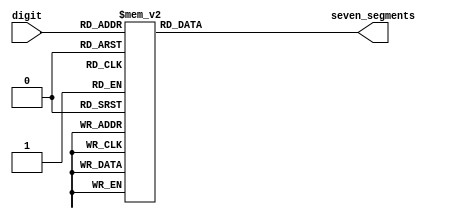

module sm_hex_display
(
    input      [3:0] digit,
    output reg [6:0] seven_segments
);

    always @*
        case (digit)
        'h0: seven_segments = 'b0111111;  // a b c d e f g
        'h1: seven_segments = 'b0000110;  // 1111001;
        'h2: seven_segments = 'b1011011;  //   --a--
        'h3: seven_segments = 'b1001111;  //  |     |
        'h4: seven_segments = 'b1100110;  //  f     b
        'h5: seven_segments = 'b1101101;  //  |     |
        'h6: seven_segments = 'b1111101;  //   --g--
        'h7: seven_segments = 'b0000111;  //  |     |
        'h8: seven_segments = 'b1111111;  //  e     c
        'h9: seven_segments = 'b1100111;  //  |     |
        'ha: seven_segments = 'b1110111;  //   --d-- 
        'hb: seven_segments = 'b1111100;  // 0000011;
        'hc: seven_segments = 'b0111001;  // 1000110;
        'hd: seven_segments = 'b1011110;  // 0100001;
        'he: seven_segments = 'b1111001;  // 0000110;
        'hf: seven_segments = 'b1110001;  // 0001110;
        endcase

endmodule

//--------------------------------------------------------------------
module sm_hex_display_digit
(
    input   [6:0] digit1,
    input   [6:0] digit2,
    input   [6:0] digit3,
    input         clkIn,
    output reg [11:0] seven_segments
);
reg [9:0] count = 10'b0000000000;
always @(posedge clkIn)
begin
    case (count[9:8])
    2'b00 : seven_segments = {3'b110, digit1[0], digit1[1], digit1[2], digit1[3], digit1[4], digit1[5], digit1[6], 2'b00};
    2'b11 : seven_segments = {3'b101, digit2[0], digit2[1], digit2[2], digit2[3], digit2[4], digit2[5], digit2[6], 2'b00};
    2'b10 : seven_segments = {3'b011, digit3[0], digit3[1], digit3[2], digit3[3], digit3[4], digit3[5], digit3[6], 2'b00};
default: count <= count + 1'b0;
	 endcase
count <= count + 1'b1;
end
endmodule

//--------------------------------------------------------------------

module sm_hex_display_8
(
    input             clock,
    input             resetn,
    input      [31:0] number,

    output reg [ 6:0] seven_segments,
    output reg        dot,
    output reg [ 7:0] anodes
);

    function [6:0] bcd_to_seg (input [3:0] bcd);

        case (bcd)
        'h0: bcd_to_seg = 'b1000000;  // a b c d e f g
        'h1: bcd_to_seg = 'b1111001;
        'h2: bcd_to_seg = 'b0100100;  //   --a--
        'h3: bcd_to_seg = 'b0110000;  //  |     |
        'h4: bcd_to_seg = 'b0011001;  //  f     b
        'h5: bcd_to_seg = 'b0010010;  //  |     |
        'h6: bcd_to_seg = 'b0000010;  //   --g--
        'h7: bcd_to_seg = 'b1111000;  //  |     |
        'h8: bcd_to_seg = 'b0000000;  //  e     c
        'h9: bcd_to_seg = 'b0011000;  //  |     |
        'ha: bcd_to_seg = 'b0001000;  //   --d-- 
        'hb: bcd_to_seg = 'b0000011;
        'hc: bcd_to_seg = 'b1000110;
        'hd: bcd_to_seg = 'b0100001;
        'he: bcd_to_seg = 'b0000110;
        'hf: bcd_to_seg = 'b0001110;
        endcase

    endfunction

    reg [2:0] i;

    always @ (posedge clock or negedge resetn)
    begin
        if (! resetn)
        begin
            seven_segments <=   bcd_to_seg (0);
            dot            <= ~ 0;
            anodes         <= ~ 8'b00000001;

            i <= 0;
        end
        else
        begin
            seven_segments <=   bcd_to_seg (number [i * 4 +: 4]);
            dot            <= ~ 0;
            anodes         <= ~ (1 << i);

            i <= i + 1;
        end
    end

endmodule